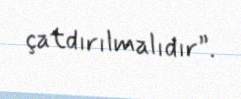
çatdırılmalıdır”.